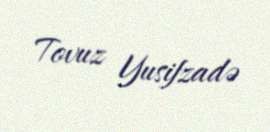
Tovuz Yusifzadə